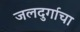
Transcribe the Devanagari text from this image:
जलदुर्गाचा